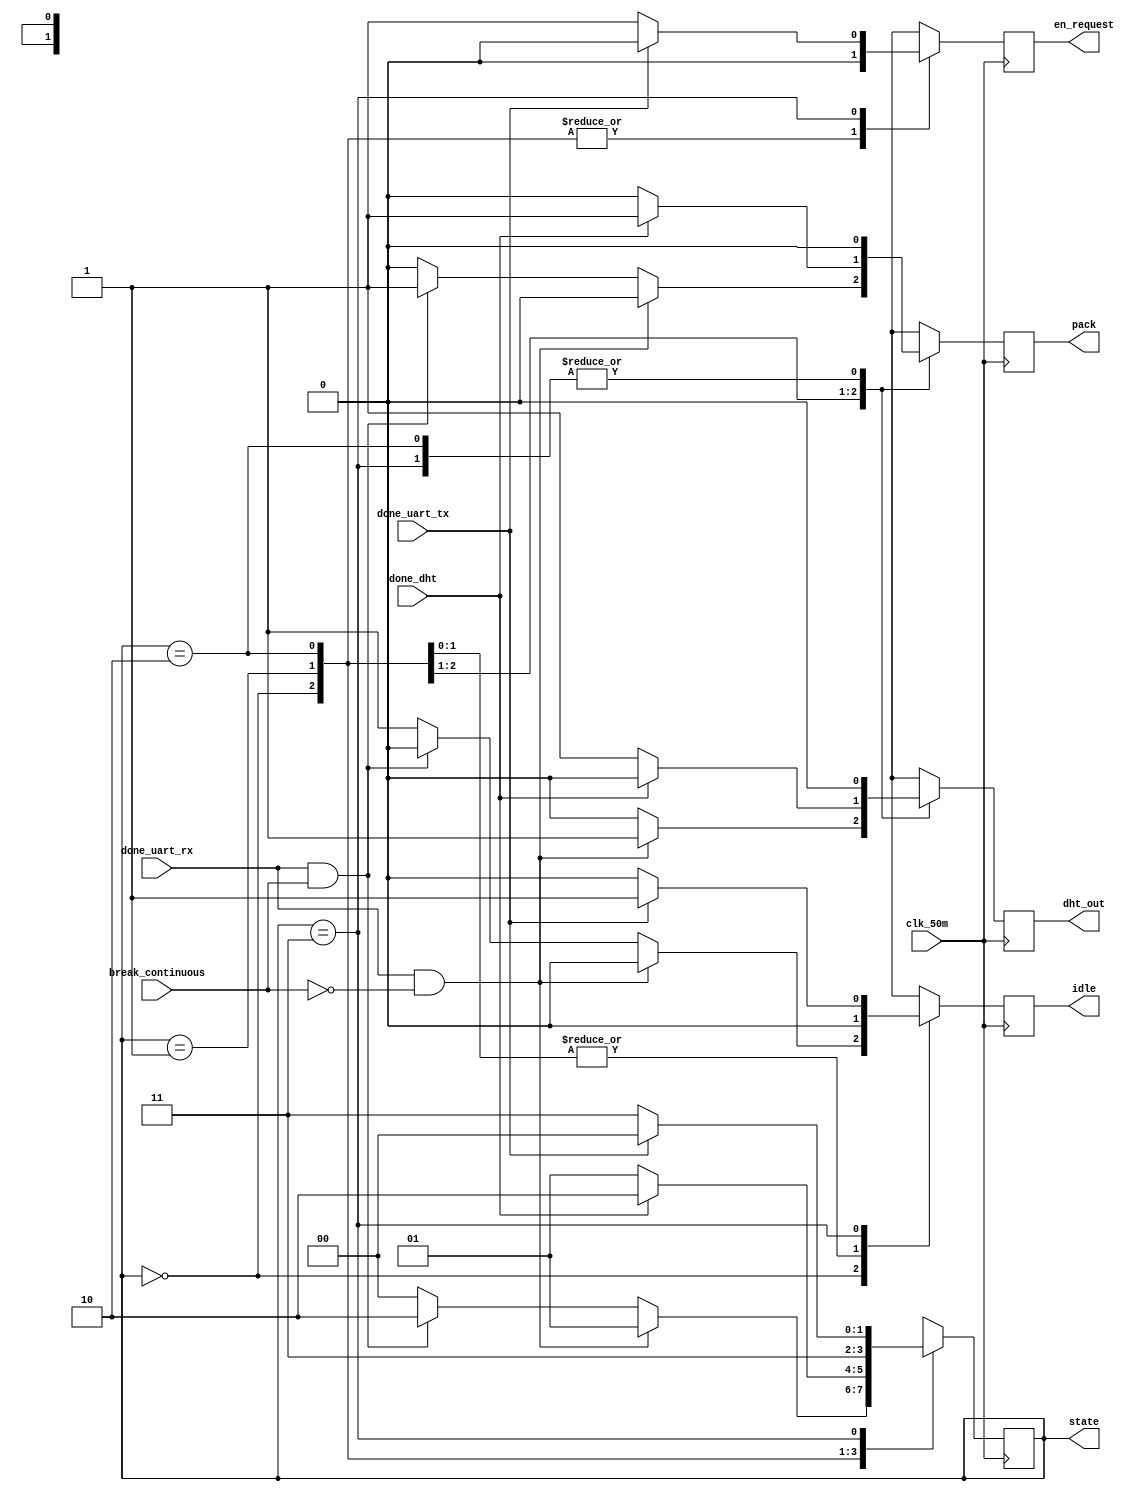
/* 
 * ----------------------------------------------------------------------
 * Modulo responsavel por enviar sinais de enable para modulos 
 * como o DHT11, o UART e outros.
 *
 * Controla os demais modulos a fim de sincronizar corretamente
 * o recebimento, processamento e envio de dados
 * ----------------------------------------------------------------------
 */
module main_state_machine(
		clk_50m, // Clock 50MHz
		done_uart_rx, // Sinal de finalizacao de recepao de dados pelo uart (PC -> Placa)
		done_uart_tx, // Sinal de finalizacao de envio de dados pelo uart (Placa -> PC)
		done_dht, // Sinal de finalizacao de envio de dados pelo DHT11
		break_continuous, // Sinal referente a instrucao de finalizacao de sensoriamento continuo
		state, // Saida referente ao tipo de estado em que se encontra
		dht_out, // Sinal de start para o DHT11
		en_request, // Sinal enviado para o modulo decodificador de instrucao
		idle,
		pack
	);
	
	input clk_50m, done_uart_rx, done_uart_tx, break_continuous;
	input done_dht;
	
	output reg[1:0] state;
	output reg dht_out, en_request, idle, pack;
		
	localparam IDLE =2'b00, RECEIVE =2'b01, ORGANIZE = 2'b10, SEND =2'b11;
	
initial begin
  state <= IDLE;
  dht_out <= 0;
  en_request <= 0;
  idle <= 1;
  pack <= 0;
end	
	
/* 
 * Maquina de estados responsavel por alterar entre os estados de IDLE, RECEIVE e SEND
 *
 *	O estado inicial e IDLE, e permanece assim enquanto done_uart_rx=0
 *	
 *	Assim que os dados forem recebidos pelo `transmitter`, done_uart_rx = 1 e STATE=RECEIVE
 *	
 *	Assim que os dados forem enviados pelo DHT11, o estado muda para SEND
 *	
 *	Quando os dados forem enviados ao PC, sai de SEND  e vai para IDLE, para receber novos dados
 */
always @(posedge clk_50m) begin: FSM
	
	case(state)
	
			/* 
			 * Permanece em idle enquanto nenhum dado for enviado do
			 * computador para a placa
			 */
			IDLE: begin
				if (done_uart_rx && !break_continuous) begin
					state <= RECEIVE;
					dht_out <= 1;
					en_request <= 0;
					idle <= 0;
					pack <= 0;
				end
				
				/* 
				 * Caso seja solicitado o fim do sensoriamento continuo
				 * empacota direto a resposta (nenhum dado precisar ser recebido do DHT11)
				 */
				else if (done_uart_rx && break_continuous) begin
					state <= ORGANIZE;
					dht_out <= 0;
					en_request <= 0;
					idle <= 0;
					pack <= 1;
				end
				else begin 
					state <= IDLE;
					dht_out <= 0;
					en_request <= 0;
					idle <= 1;
					pack <= 0;
				end
				
			end
			 	 
			/*
			 *	Se mantem nesse estado ate o DHT11 terminar de enviar a decodificar os dados 
			 * Muda para o estado SEND caso done_dht=1 (dht11 termine de enviar os dados) 
			 */
			RECEIVE: begin
				if (done_dht) begin
					state <= ORGANIZE;
					dht_out <= 0;
					en_request <= 0;
					idle <= 0;
					pack <= 1;
				end  
				else begin
					state <= RECEIVE;
					dht_out <= 1;
					en_request <= 0;
					idle <= 0;
					pack <= 0;
				end
			end
			
			ORGANIZE: begin
				state <= SEND;
				dht_out <= 0;
				en_request <= 0;
				idle <= 0;
				pack <= 0;
			end
			
			/* 
			 * Permanece nesse estado at todos os bytes terem sido enviados 
			 * para o computador
			 * Quando finalizado o envio, retorna ao estado IDLE
			 */
			SEND: begin
				if (done_uart_tx) begin
					state <= IDLE;
					dht_out <= 0;
					en_request <= 0;
					idle <= 1;
					pack <= 0;
				end
				else  begin
					state <= SEND;
					dht_out <= 0;
					en_request <= 1;
					idle <= 0;
					pack <= 0;
				end	
			end
	endcase
	
end
	

endmodule